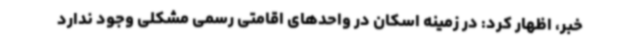
خبر، اظهار کرد: در زمینه اسکان در واحدهای اقامتی رسمی مشکلی وجود ندارد